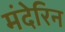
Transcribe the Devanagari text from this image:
मंदेरिन